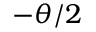
- \theta / 2